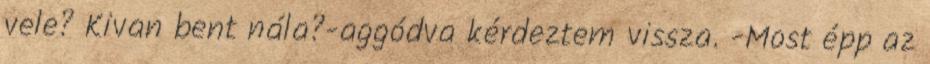
vele? Kivan bent nála?-aggódva kérdeztem vissza. -Most épp az